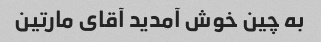
به چین خوش آمدید آقای مارتین